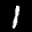
Label: 1